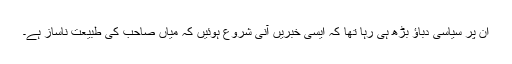
ان پر سیاسی دباؤ بڑھ ہی رہا تھا کہ ایسی خبریں آنی شروع ہوئیں کہ میاں صاحب کی طبیعت ناساز ہے۔